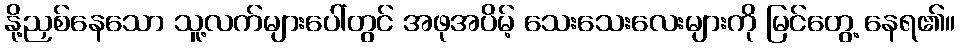
နို့ညှစ်နေသော သူ့လက်များပေါ်တွင် အဖုအပိမ့် သေးသေးလေးများကို မြင်တွေ့ နေရ၏။